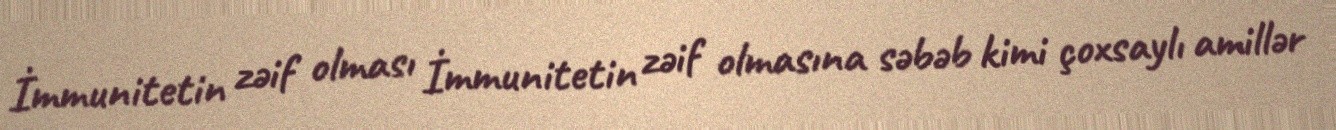
İmmunitetin zəif olması İmmunitetin zəif olmasına səbəb kimi çoxsaylı amillər